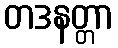
တဒနတ္တာ